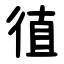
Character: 徝